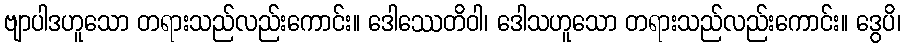
ဗျာပါဒဟူသော တရားသည်လည်းကောင်း။ ဒေါဿေတိဝါ၊ ဒေါသဟူသော တရားသည်လည်းကောင်း။ ဒွေပိ၊